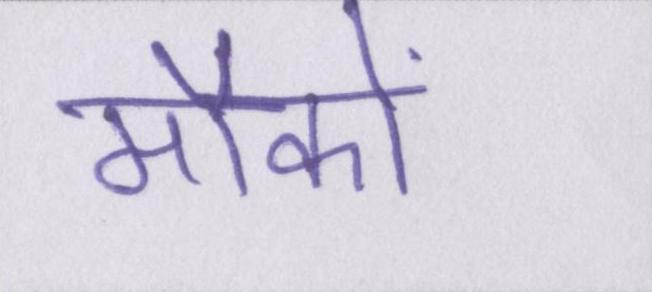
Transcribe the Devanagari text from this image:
मौकों